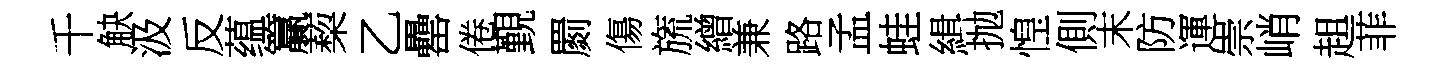
千觖汲反蕴籯蔾乙罍倦覲罽傷旒繒兼路孟蛙緝抛惶側末防運崇峭趄菲